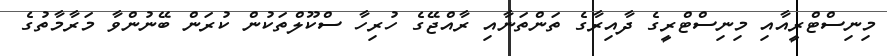
މިނިސްޓްރީއާއި މިނިސްޓްރީގެ ދާއިރާގެ ތަންތަނާއި ރާއްޖޭގެ ހުރިހާ ސްކޫލްތަކުން ކުރަން ބޭނުންވާ މަރާމާތުގެ